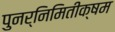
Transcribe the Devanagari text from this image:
पुनर्निमितीक्षम